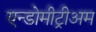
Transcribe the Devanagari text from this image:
एन्डोमीट्रीअम